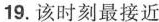
19.该时刻最接近